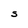
Character: S